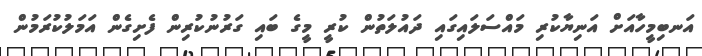
އަނބިމީހާއަށް އަނިޔާކުރި މައްސަލައިގައި ދައުލަތުން ކުރީ މީގެ ބައި ގަރުނުކުރިން ފެށިގެން އަމަލުކުރަމުން